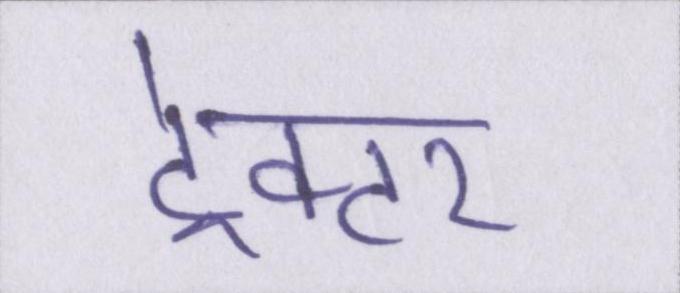
ट्रेक्टर